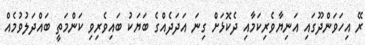
ރޭ އިހަވަންދޫގައި އަނިޔާވެރިކަމާއި ދެކޮޅަށް ގިނަ އަދަދެއްގެ ބަޔަކު ބައިވެރިވި ކަންމަތީ ބައްދަލުވުމެއް